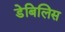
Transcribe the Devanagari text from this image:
डेबिलिस